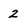
Character: 2